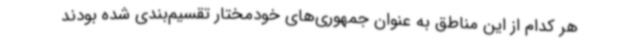
هر کدام از این مناطق به عنوان جمهوری‌های خودمختار تقسیم‌بندی شده بودند